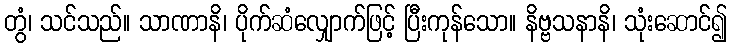
တွံ၊ သင်သည်။ သာဏာနိ၊ ပိုက်ဆံလျှောက်ဖြင့် ပြီးကုန်သော။ နိဗ္ဗသနာနိ၊ သုံးဆောင်၍